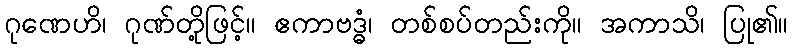
ဂုဏေဟိ၊ ဂုဏ်တို့ဖြင့်။ ဧကာဗဒ္ဓံ၊ တစ်စပ်တည်းကို။ အကာသိ၊ ပြု၏။